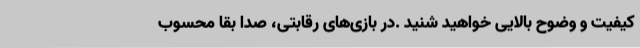
کیفیت و وضوح بالایی خواهید شنید .در بازی‌های رقابتی، صدا بقا محسوب